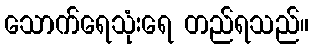
သောက်ရေသုံးရေ တည်ရသည်။